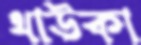
থাউকা